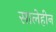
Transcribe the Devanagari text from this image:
सालेहीन